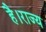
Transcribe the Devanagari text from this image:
है।राज्य